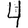
Digit: 4